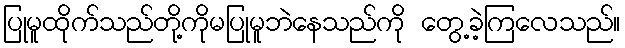
ပြုမူထိုက်သည်တို့ကိုမပြုမူဘဲနေသည်ကို တွေ့ခဲ့ကြလေသည်။